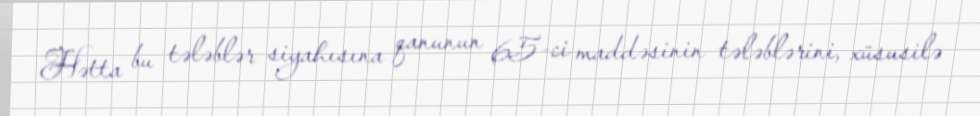
Hətta bu tələblər siyahısına qanunun 65-ci maddəsinin tələblərini, xüsusilə